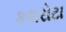
કથરોટા